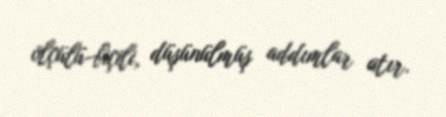
ölçülü-biçili, düşünülmüş addımlar atır.